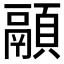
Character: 𱂚